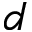
d